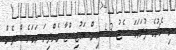
މި މެޗުގެ ފުރަތަމަ ސެޓު 3-6 އިން ބައުޓިސްޓާ ގެންދިޔަ ނަމަވެސް ދެން